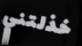
خذلتني